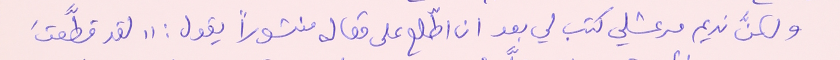
ولكنَّ نديم مرعشلي كتب لي بعد ان اطّلع على مقاله منشوراً يقول : " لقد قطَّعتَ